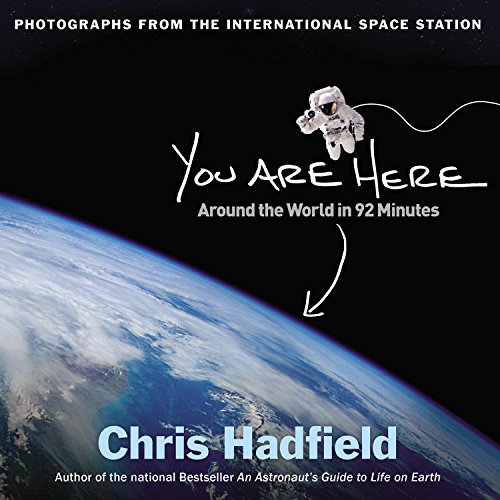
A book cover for You Are Here: Around the World in 92 Minutes: Photographs from the International Space Station; Chris Hadfield; Arts & Photography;